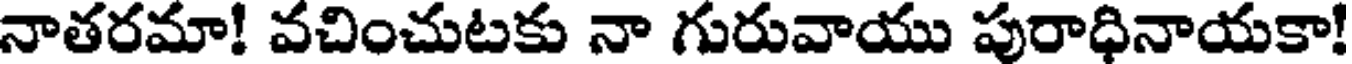
నాతరమా! వచించుటకు నా గురువాయు పురాధినాయకా!